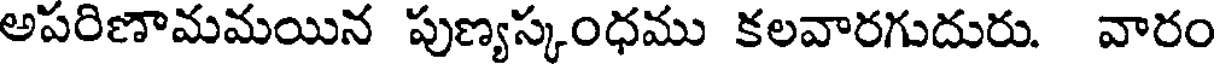
అపరిణామమయిన పుణ్యస్కంధము కలవారగుదురు. వారం